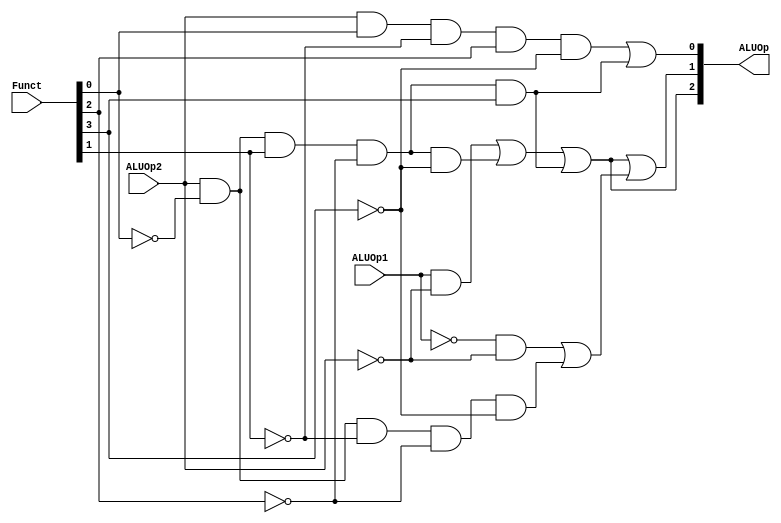
module ALUControl (ALUOp1,ALUOp2,ALUOp,Funct);
    input [5:0] Funct;
    input ALUOp1,ALUOp2;
    output [2:0] ALUOp;
    wire a010,a110,a000,a001,a111;
    assign
        a010=(~ALUOp1 & ~ALUOp2) | (ALUOp2 & ~Funct[0] & ~Funct[1] & ~Funct[2] & ~Funct[3]),
        a110=(ALUOp1 & ~ALUOp2) | (ALUOp2 & ~Funct[0] & Funct[1] & ~Funct[2] & ~Funct[3]),
        a000=ALUOp2 & ~Funct[0] & ~Funct[1] & Funct[2] & ~Funct[3],
        a001=ALUOp2 & Funct[0] & ~Funct[1] & Funct[2] & ~Funct[3],
        a111=ALUOp2 & ~Funct[0] & Funct[1] & ~Funct[2] & Funct[3],
        ALUOp[2]=a110 | a111,
        ALUOp[1]=a110 | a111 | a010,
        ALUOp[0]=a001 | a111;
endmodule

module tbalucontrol;
    reg [5:0]Funct;
    reg ALUOp1,ALUOp2;
    wire [2:0]Op;
    ALUControl A(ALUOp1,ALUOp2,Op,Funct);
    initial
    begin
        $monitor($time," ALUOp2 = %b,ALUOp1=%b,Op=%3b,Funct=%6b",ALUOp2,ALUOp1,Op,Funct);
        ALUOp1=1'b0;ALUOp2=1'b0;Funct=6'b000000;
        #5 ALUOp1=1'b1;
        #5 ALUOp2=1'b1;
        #5 Funct=6'b000010;
        #5 Funct=6'b000100;
        #5 Funct=6'b000101;
        #5 Funct=6'b001010;
        #50 $finish;
    end
endmodule